Problem: 83 + 38 = ?
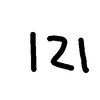
Handwritten answer: 121